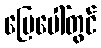
မြေပေါ်တွင်